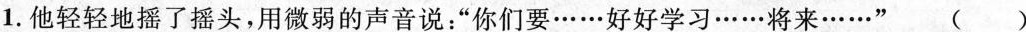
1.他轻轻地摇了摇头，用微弱的声音说：”你们要……好好学习……将来……”()